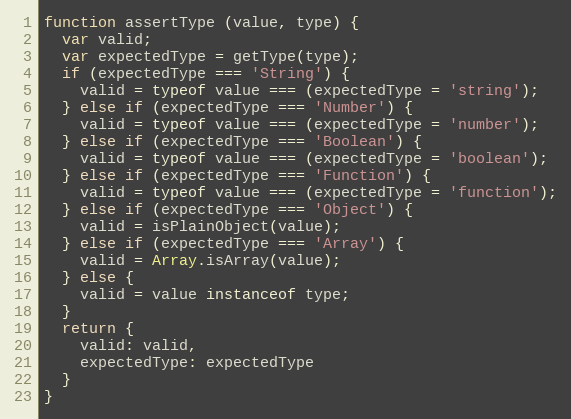
Language: JavaScript
function assertType (value, type) {
  var valid;
  var expectedType = getType(type);
  if (expectedType === 'String') {
    valid = typeof value === (expectedType = 'string');
  } else if (expectedType === 'Number') {
    valid = typeof value === (expectedType = 'number');
  } else if (expectedType === 'Boolean') {
    valid = typeof value === (expectedType = 'boolean');
  } else if (expectedType === 'Function') {
    valid = typeof value === (expectedType = 'function');
  } else if (expectedType === 'Object') {
    valid = isPlainObject(value);
  } else if (expectedType === 'Array') {
    valid = Array.isArray(value);
  } else {
    valid = value instanceof type;
  }
  return {
    valid: valid,
    expectedType: expectedType
  }
}